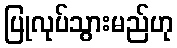
ပြုလုပ်သွားမည်ဟု